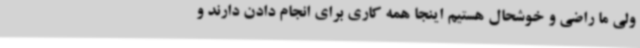
ولی ما راضی و خوشحال هستیم اینجا همه کاری برای انجام دادن دارند و